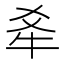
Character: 𪺝